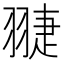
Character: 𦑈